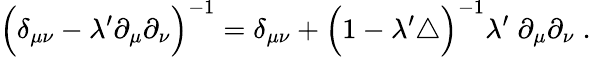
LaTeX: \Big(\delta_{\mu\nu}-\lambda^{\prime}\partial_{\mu}\partial_{\nu}\Big)^{-1}=\delta_{\mu\nu}+\Big(1-\lambda^{\prime}\triangle\Big)^{-1}\lambda^{\prime}\; \partial_{\mu}\partial_{\nu}\; .